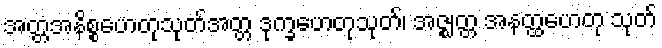
အတ္တအနိစ္စဟေတုသုတ်အတ္တ ဒုက္ခဟေတုသုတ်၊ အဇ္ဈတ္တ အနတ္ထဟေတု သုတ်